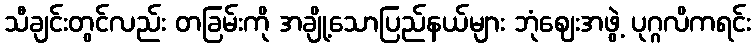
သီချင်းတွင်လည်း တခြမ်းကို အချို့သောပြည်နယ်များ ဘုံဈေးအဖွဲ့ ပုဂ္ဂလိကရင်း